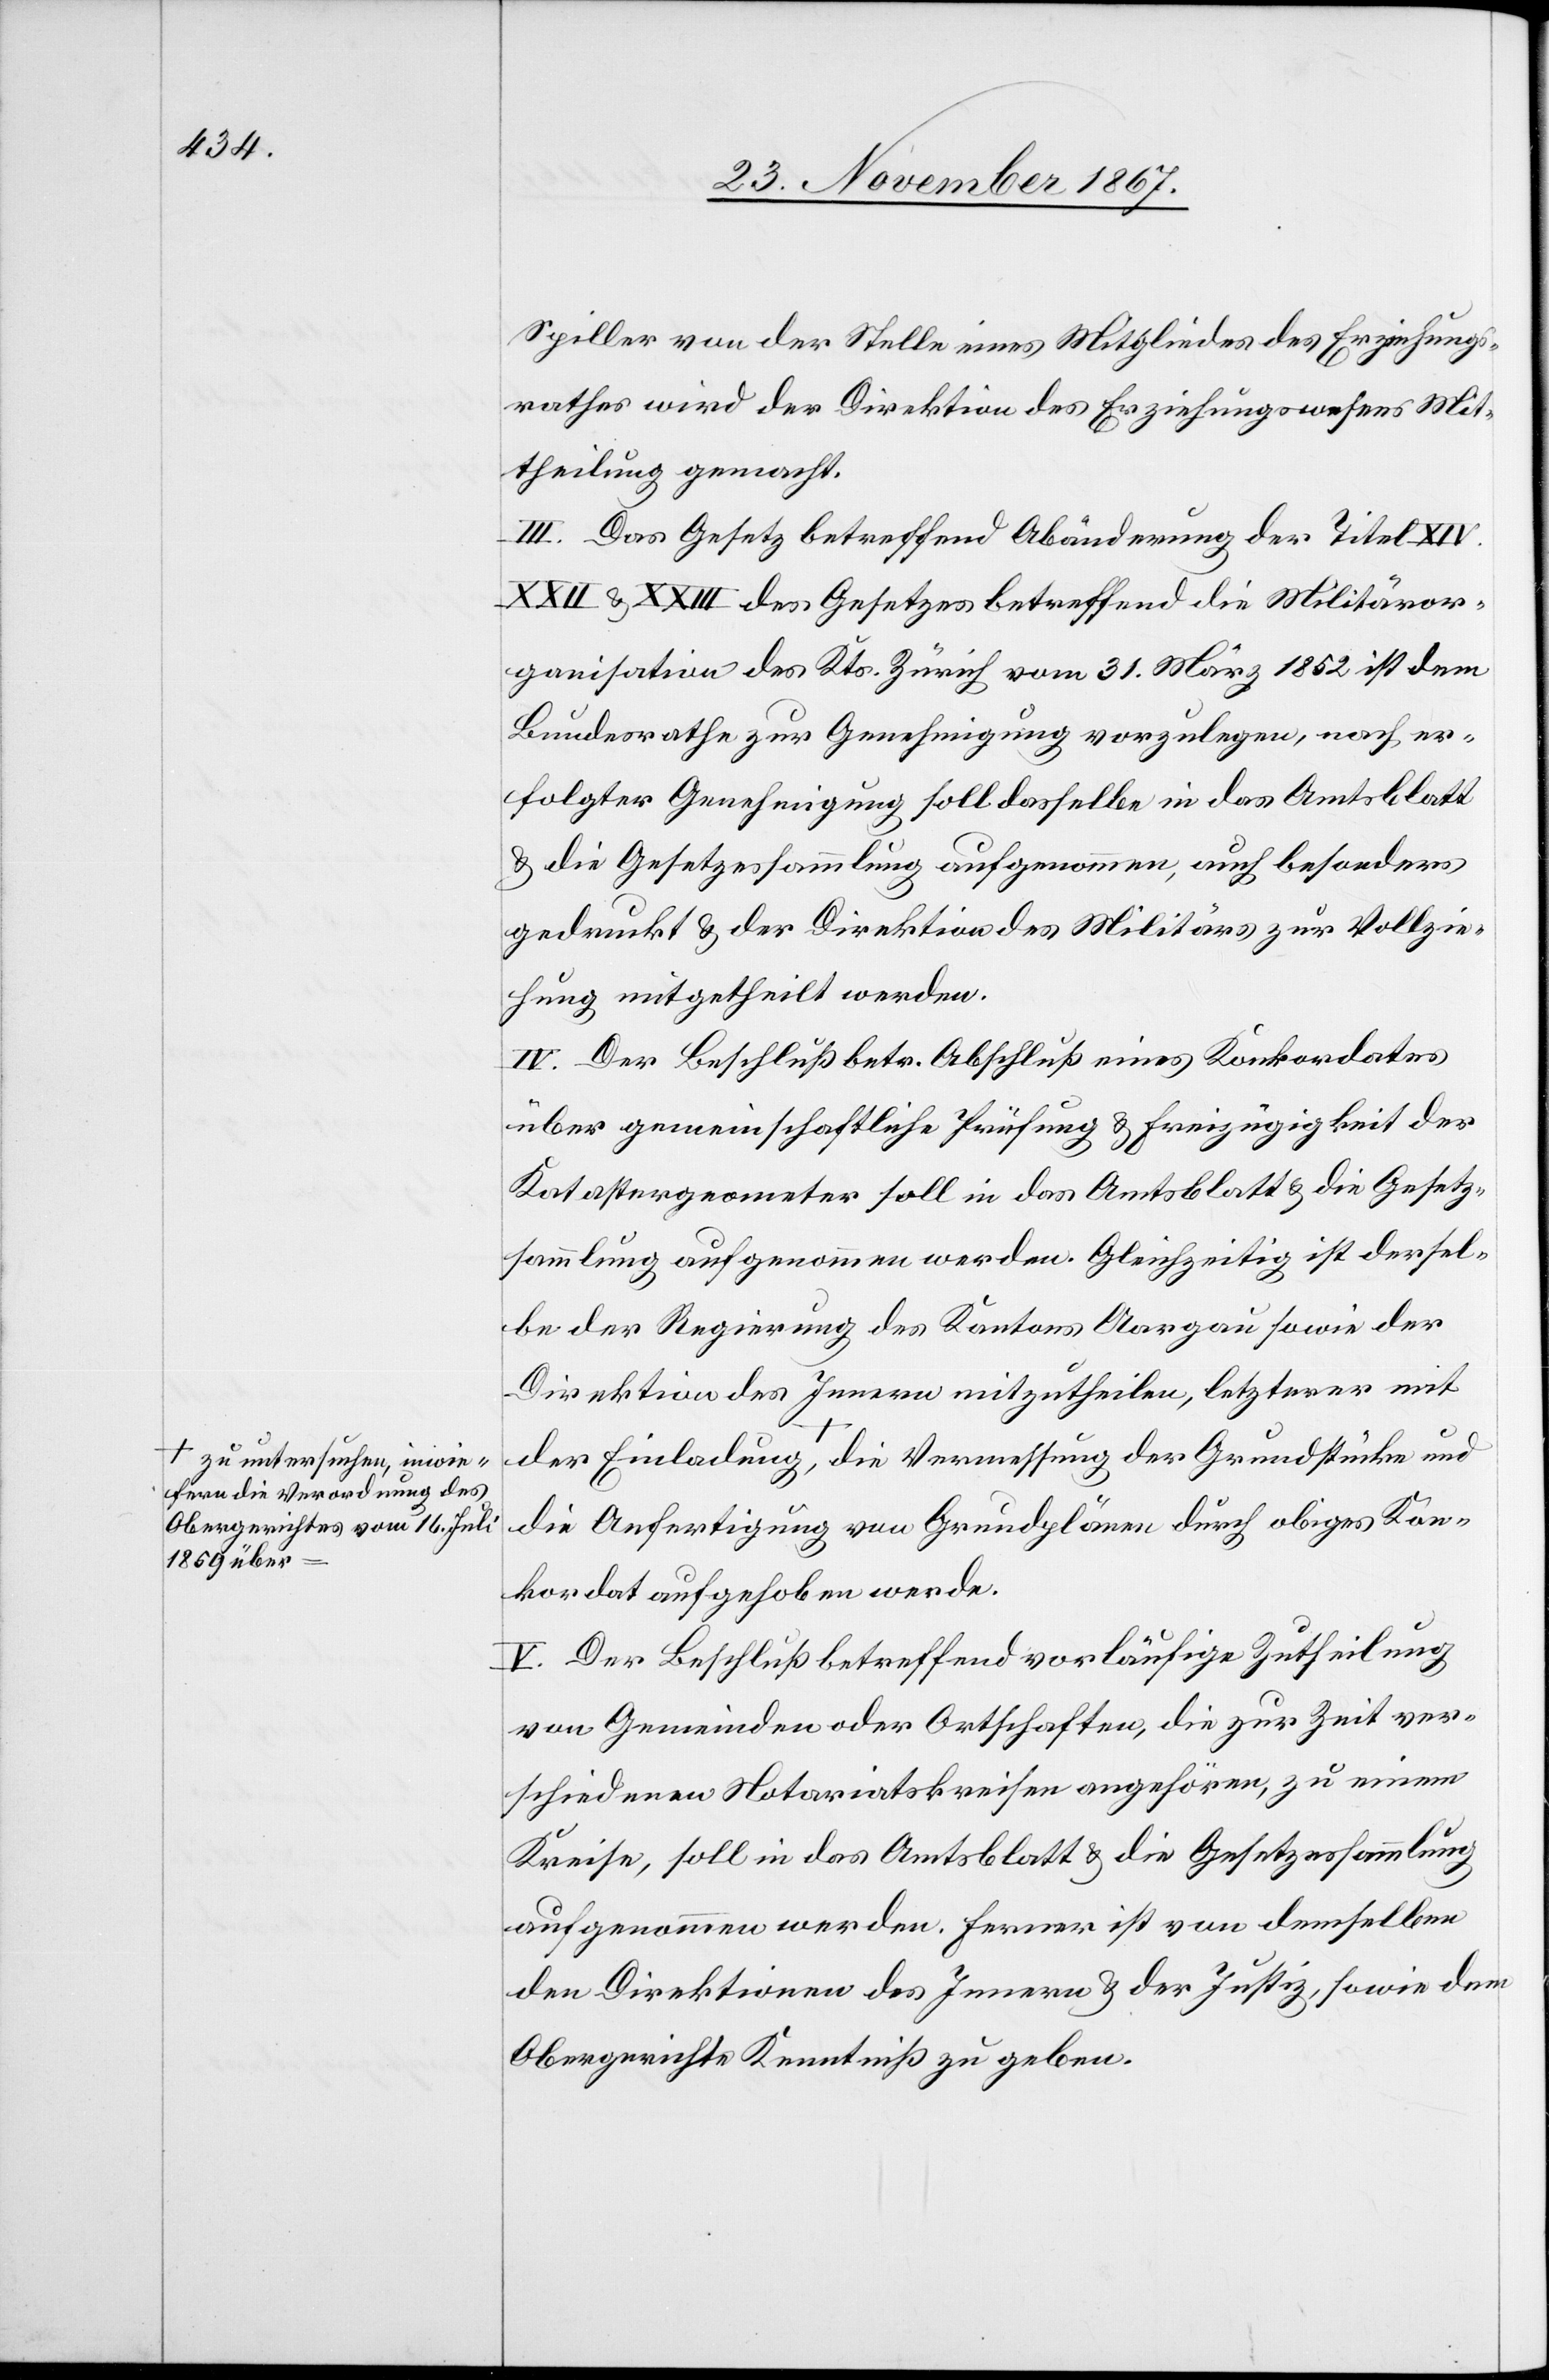
zu untersuchen, inwie¬
fern die Verordnung des
Obergerichtes vom 15. Juli
1859 über

Spiller von der Stelle eines Mitgliedes des Erziehungs¬
rathes wird der Direktion des Erziehungswesens Mit¬
theilung gemacht.
III. Das Gesetz betreffend Abänderung der Titel XIV.
XXII u. XXIII des Gesetzes betreffend die Militäror¬
ganisation des Kts. Zürich vom 31. März 1852 ist dem
Bundesrathe zur Genehmigung vorzulegen, nach er¬
folgter Genehmigung soll dasselbe in das Amtsblatt
u. die Gesetzessammlung aufgenommen, auch besonders
gedruckt u. der Direktion des Militärs zur Vollzie¬
hung mitgetheilt werden.
IV. Der Beschluß betr. Abschluß eine Konkordates
über gemeinschaftliche Prüfung u. Freizügigkeit der
Katastergeometer soll in das Amtsblatt u. die Gesetz¬
sammlung aufgenommen werden. Gleichzeitig ist dersel¬
be der Regierung des Kantons Aargau sowie der
Direktion des Innern mitzutheilen, letzterer mit
die Anfertigung von Grundplänen durch obiges Kon¬
kordat aufgehoben werde.
V. Der Beschluß betreffend vorläufige Zutheilung
von Gemeinden oder Ortschaften, die zur Zeit ver¬
schiedenen Notariatskreisen angehören, zu einem
Kreise, soll in das Amtsblatt u. die Gesetzessammlung
aufgenommen werden. Ferner ist von demselben
den Direktionen des Innern u. der Justiz, sowie dem
Obergerichte Kenntniß zu geben.